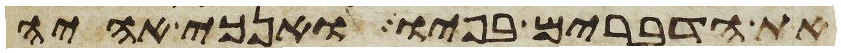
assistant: את הדברים בפיו ואנכי אהיה